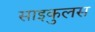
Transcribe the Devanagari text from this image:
साइकुलस